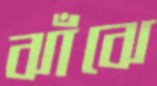
ঝাঁঝে